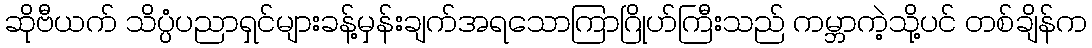
ဆိုဗီယက် သိပ္ပံပညာရှင်များခန့်မှန်းချက်အရသောကြာဂြိုဟ်ကြီးသည် ကမ္ဘာကဲ့သို့ပင် တစ်ချိန်က